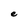
Character: e